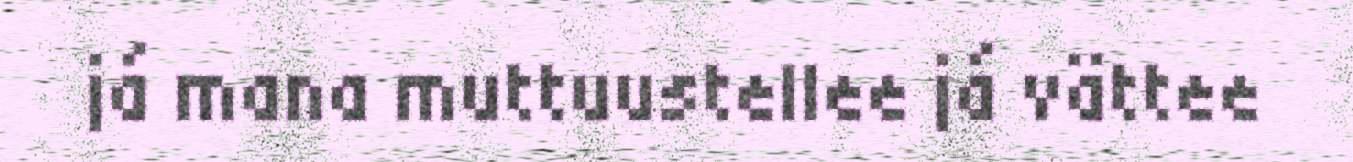
já mana muttuustellee já vättee